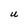
Character: e